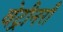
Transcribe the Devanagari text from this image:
वेट्रीनरी